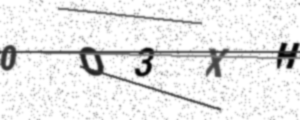
Text: 0O3XH